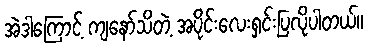
အဲဒါကြောင့် ကျနော်သိတဲ့ အပိုင်းလေးရှင်းပြလိုပါတယ်။